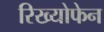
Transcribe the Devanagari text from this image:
रिख्योफेन